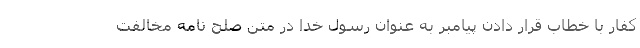
کفار با خطاب قرار دادن پیامبر به عنوان رسول خدا در متن صلح نامه مخالفت